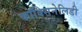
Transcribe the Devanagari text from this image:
कॉक्सिनेलिडी